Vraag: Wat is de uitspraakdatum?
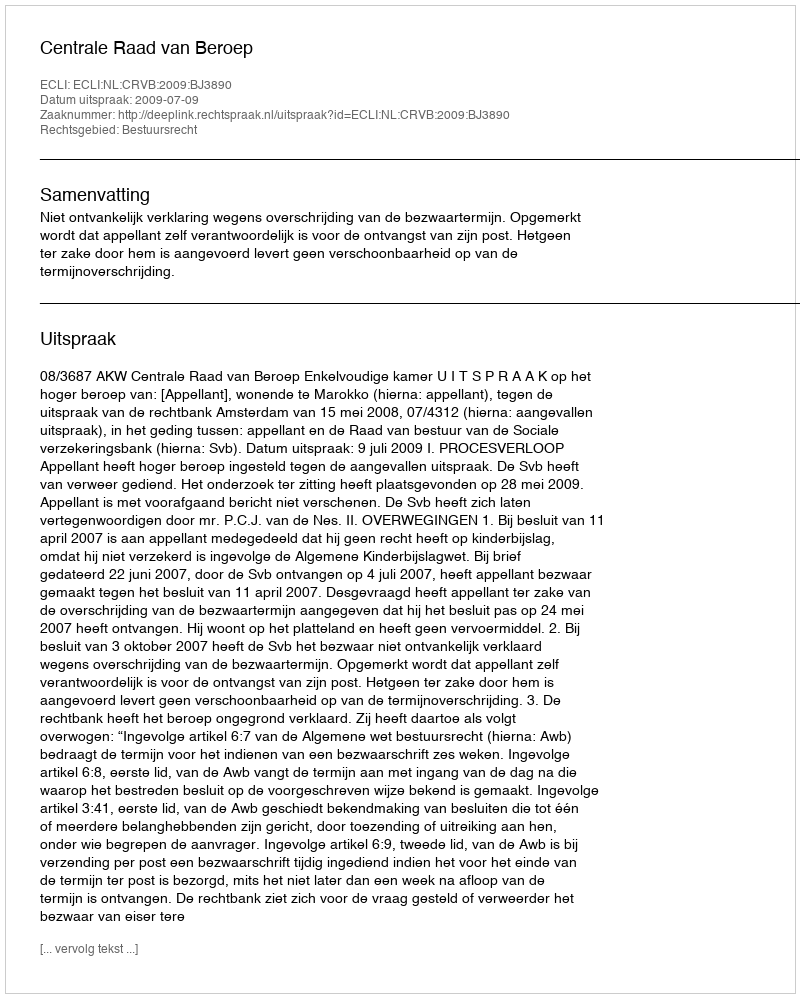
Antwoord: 2009-07-09